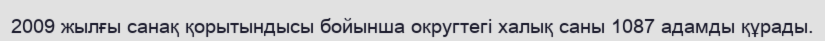
2009 жылғы санақ қорытындысы бойынша округтегі халық саны 1087 адамды құрады.